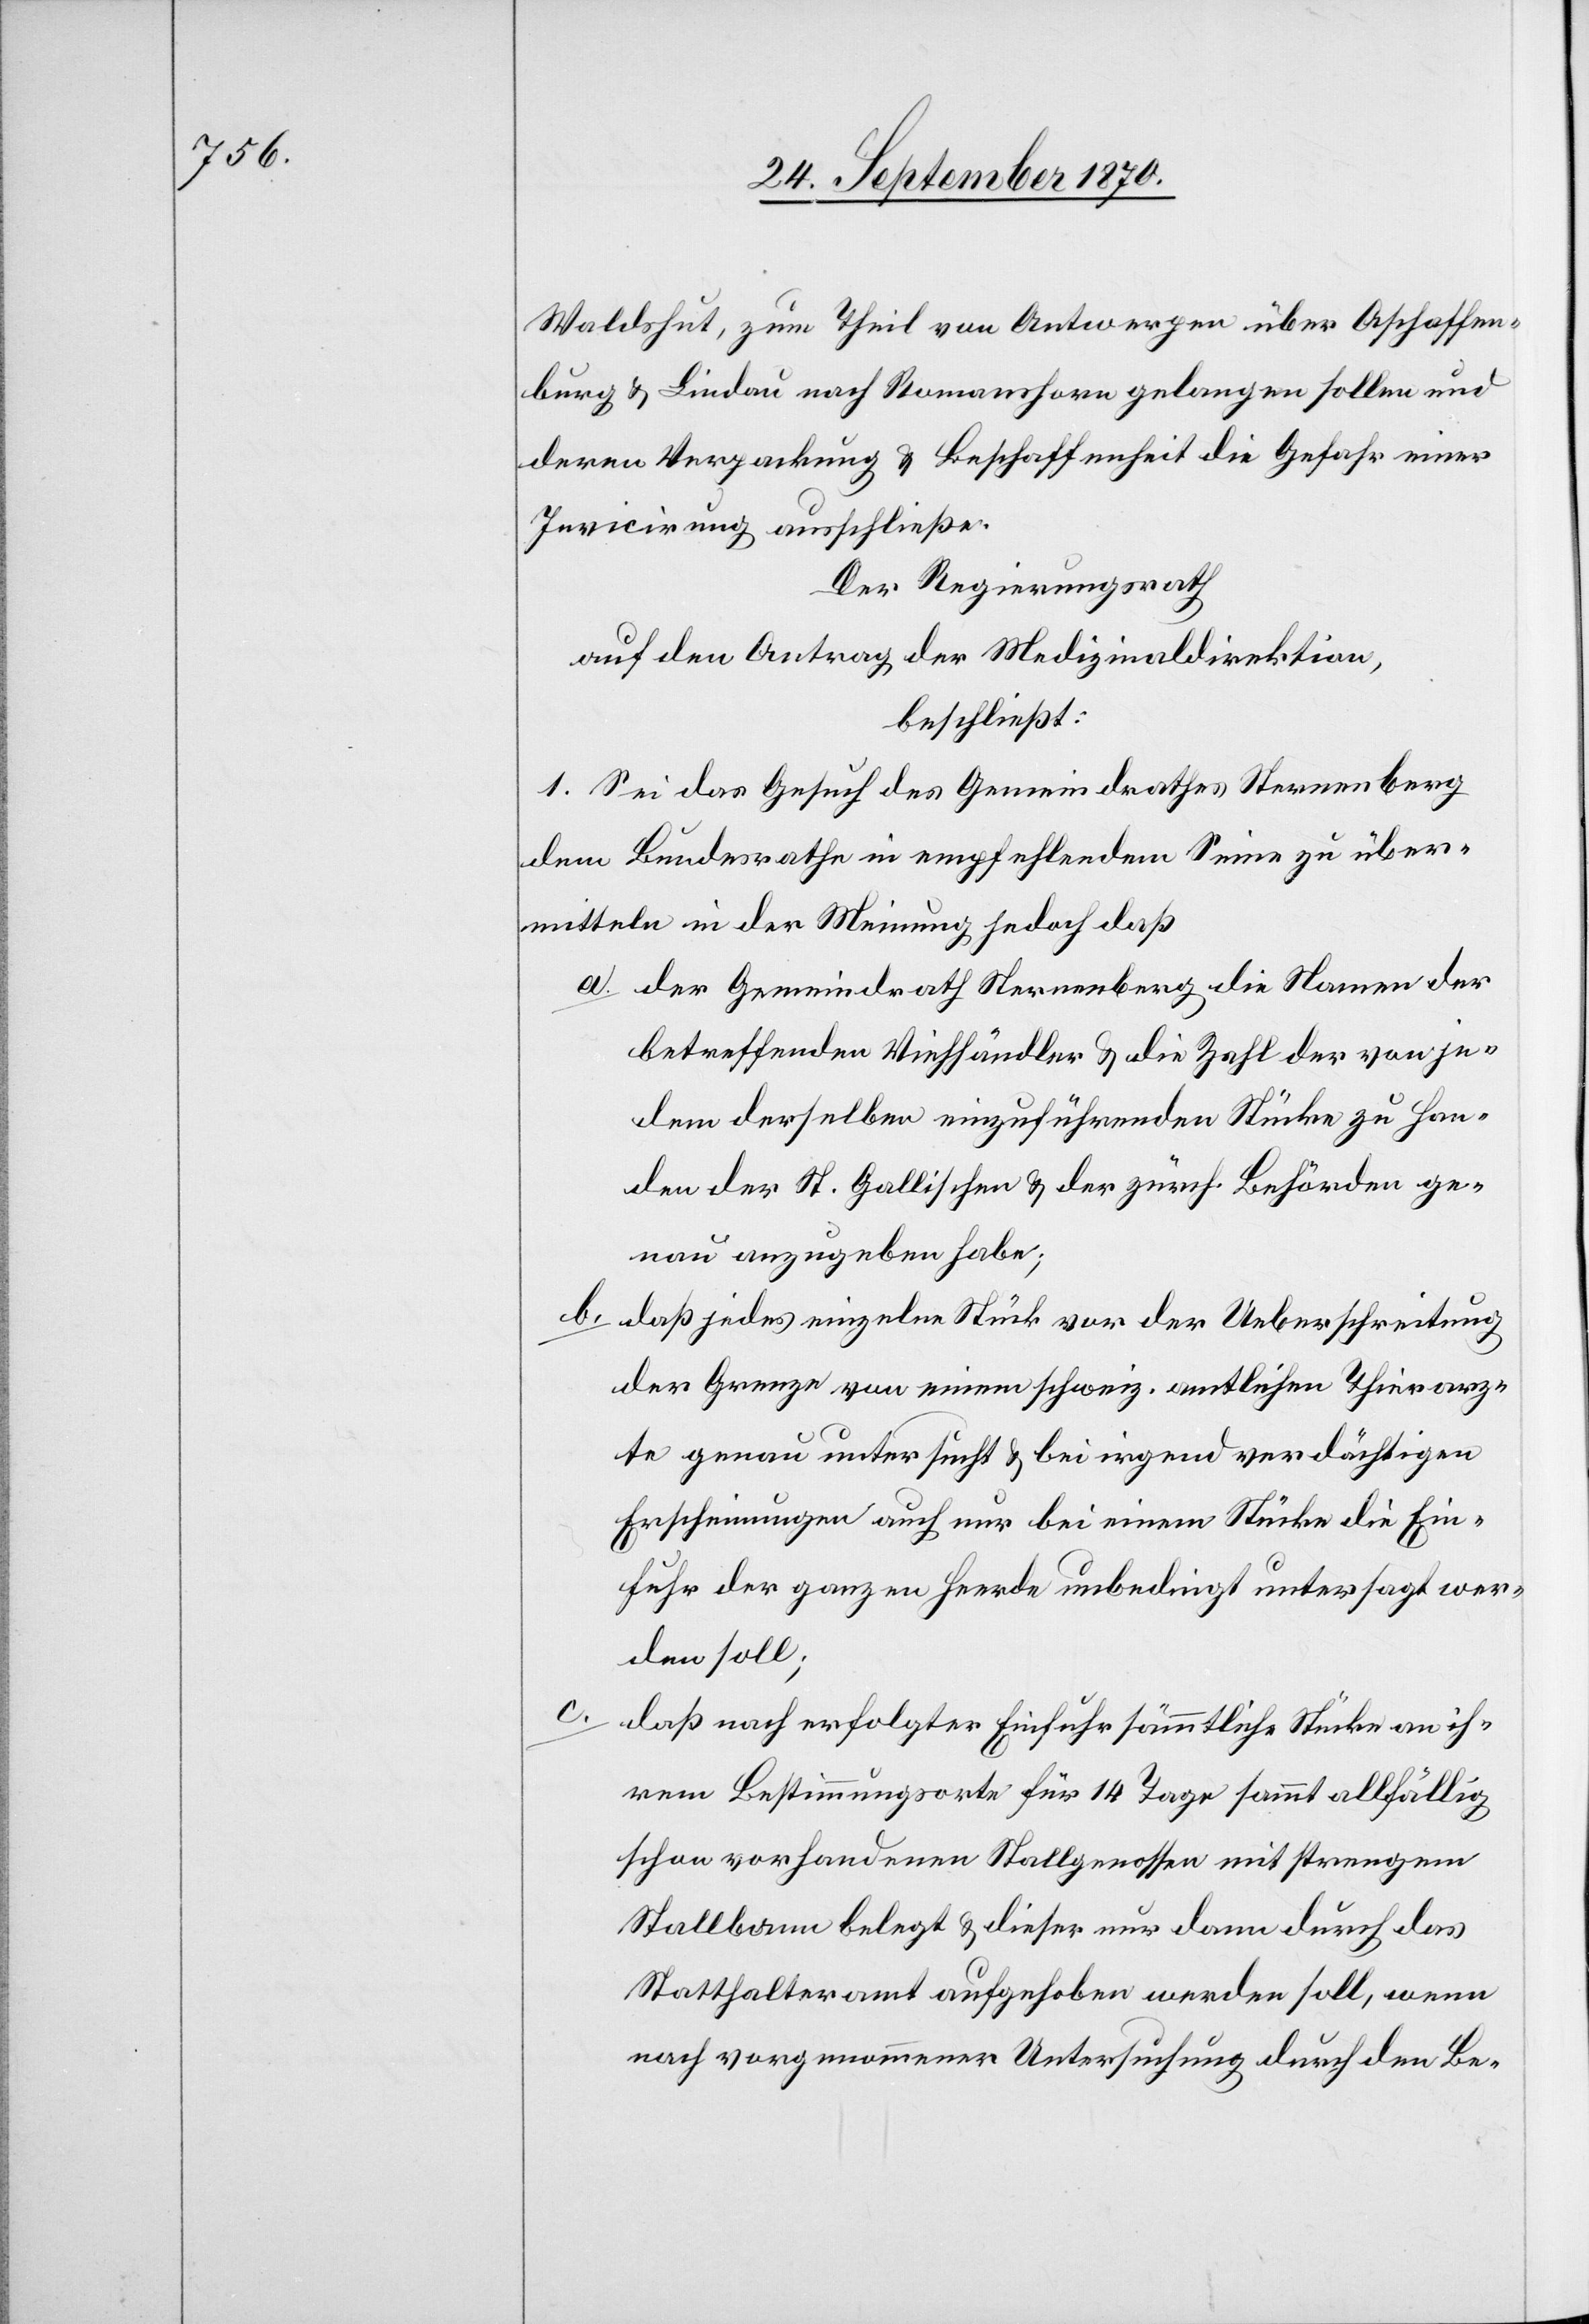
Waldshut, zum Theil von Antwerpen über Aschaffen¬
burg & Lindau nach Romanshorn gelangen sollen und
deren Verpackung & Beschaffenheit die Gefahr einer
Invicirung ausschließe.
Der Regierungsrath
auf den Antrag der Medizinaldirektion,
beschließt:
1. Sei das Gesuch des Gemeindrathes Sternenberg
dem Bundesrathe in empfehlenden Sinne zu über¬
mitteln in der Meinung jedoch daß
a. der Gemeindrath Sternenberg die Namen der
betreffenden Viehhändler & die Zahl der von je¬
dem derselben einzuführenden Stücke zu Han¬
den der St. Gallischen & der zürch. Behörden ge¬
nau anzugeben habe.
b. daß jedes einzelne Stück vor der Ueberschreitung
der Grenze von einem schweiz. amtlichen Thierarz¬
te genau untersucht & bei irgend verdächtigen
Erscheinungen auch nur bei einem Stücke die Ein¬
fuhr der ganzen Heerde unbedingt untersagt wer¬
den soll;
daß nach erfolgter Einfuhr sämmtliche Stücke an ih¬
rem Bestimmungsorte für 14 Tage sammt allfällig
schon vorhandenen Stallgenossen mit strengem
Stallbann belegt & dieser nur dann durch das
Statthalteramt aufgehoben werden soll, wenn
nach vorgenommener Untersuchung durch den Be-